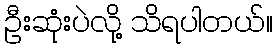
ဦးဆုံးပဲလို့ သိရပါတယ်။